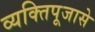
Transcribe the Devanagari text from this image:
व्यक्तिपूजासे